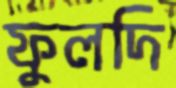
ফুলদি